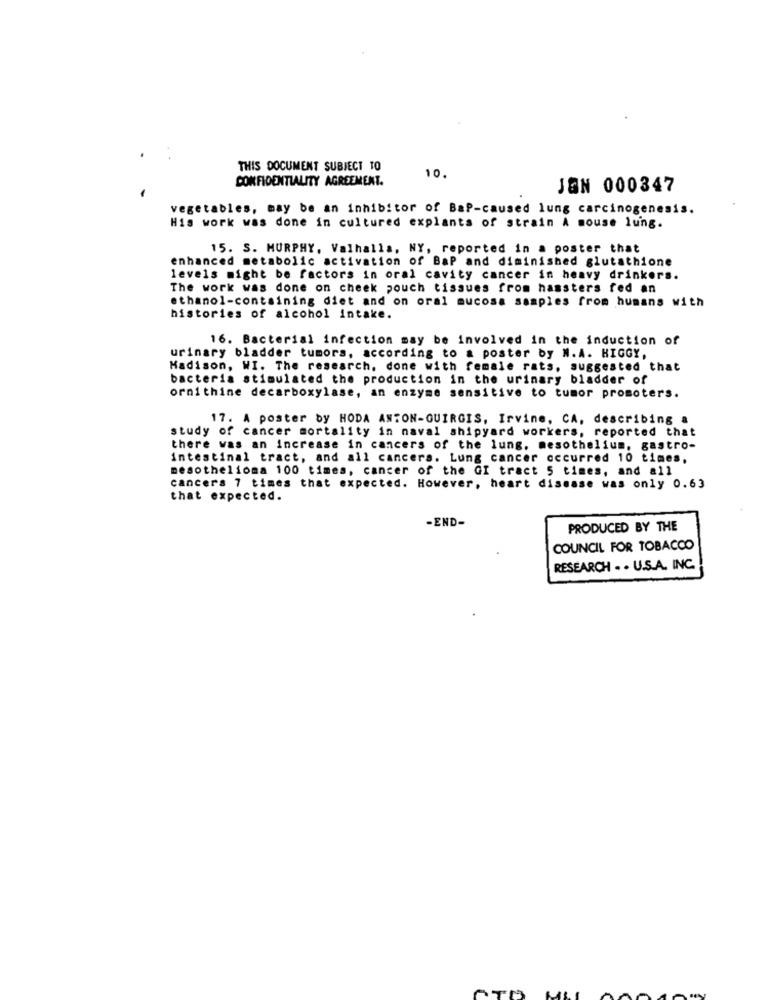
THIS DOCUMENT SUBJECT TO
CONFIDENTIALITY AGREEMENT.
10.
JON 000347
vegetables, may be an inhibitor of BaP-caused lung carcinogenesis.
His work was done in cultured explants of strain A mouse lung.
15. S. MURPHY, Valhalla, NY, reported in a poster that
enhanced metabolic activation of BaP and diminished glutathione
levels might be factors in oral cavity cancer in heavy drinkers.
The work was done on cheek pouch tissues from hamsters fed an
ethanol-containing diet and on oral mucosa samples from humans with
histories of alcohol intake.
16. Bacterial infection may be involved in the induction of
urinary bladder tumors, according to a poster by N. A. HIGGY,
Madison, WI. The research, done with female rats, suggested that
bacteria stimulated the production in the urinary bladder of
ornithine decarboxylase, an enzyme sensitive to tumor promoters.
17. A poster by HODA ANTON-QUIRGIS, Irvine, CA, describing a
study of cancer mortality in naval shipyard workers, reported that
there was an increase in cancers of the lung. mesothelium, gastro-
Intestinal tract, and all cancers. Lung cancer occurred 10 times,
mesothelioma 100 times, cancer of the GI tract 5 times, and all
cancers 7 times that expected. However, heart disease was only 0.63
that expected.
-END-
PRODUCED BY THE
COUNCIL FOR TOBACCO
RESEARCH .. U.S.A. INC.
TO